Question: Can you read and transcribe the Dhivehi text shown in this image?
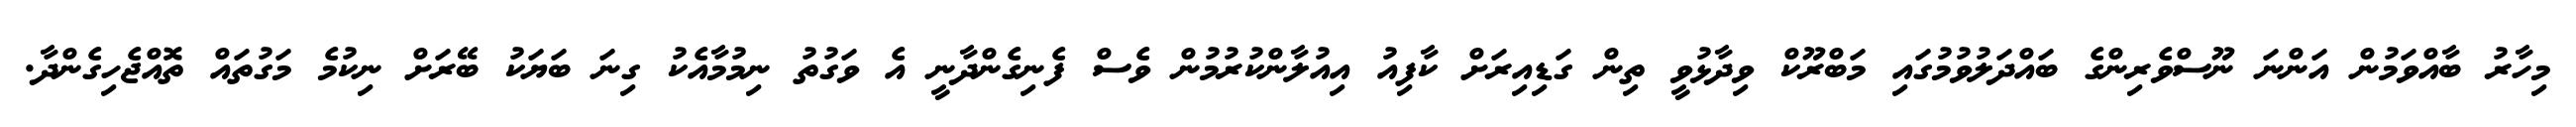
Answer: މިހާރު ބާއްވަމުން އަންނަ ނޫސްވެރިންގެ ބައްދަލުވުމުގައި މަބްރޫކް ވިދާޅުވީ ތިން ގަޑިއިރަށް ކާފިއު އިއުލާންކުރުމުން ވެސް ފެނިގެންދާނީ އެ ވަގުތު ނިމުމާއެކު ގިނަ ބަޔަކު ބޭރަށް ނިކުމެ މަގުތައް ތޮއްޖެހިގެންދާ.